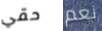
حقي نعم